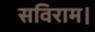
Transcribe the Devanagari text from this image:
सविराम।